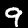
Digit: 9